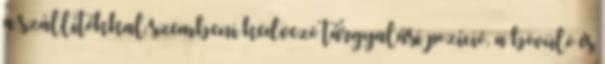
a szállítókkal szembeni kedvezô tárgyalási pozíció, a bôvülô és